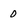
Character: o